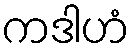
ကဒါဟံ